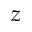
z